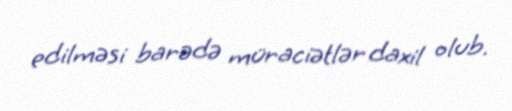
edilməsi barədə müraciətlər daxil olub.